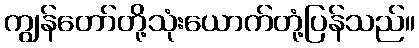
ကျွန်တော်တို့သုံးယောက်တုံ့ပြန်သည်။